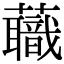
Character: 蘵